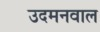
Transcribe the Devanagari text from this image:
उदमनवाल